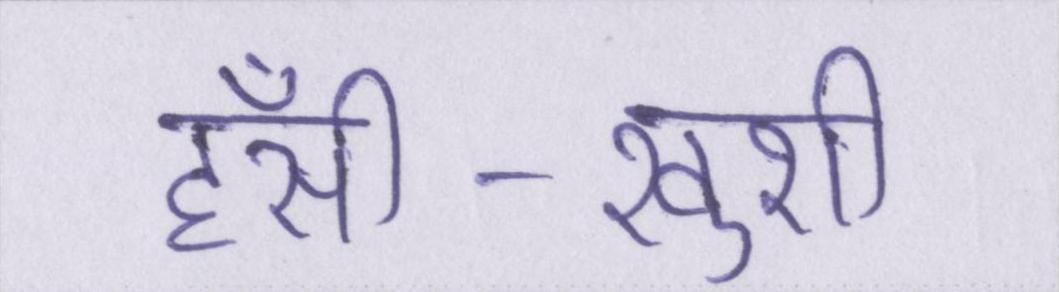
हँसी-खुशी